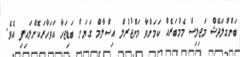
ބަންގްލަދޭޝް މަޖިލިސް މެމްބަރެއް ކަމަށްވާ މަންޖުރުލް އިސްލާމް ގަޔަށް ބަޑިޖަހާ އަވަހާރަކޮށްލައިފި އެވެ.